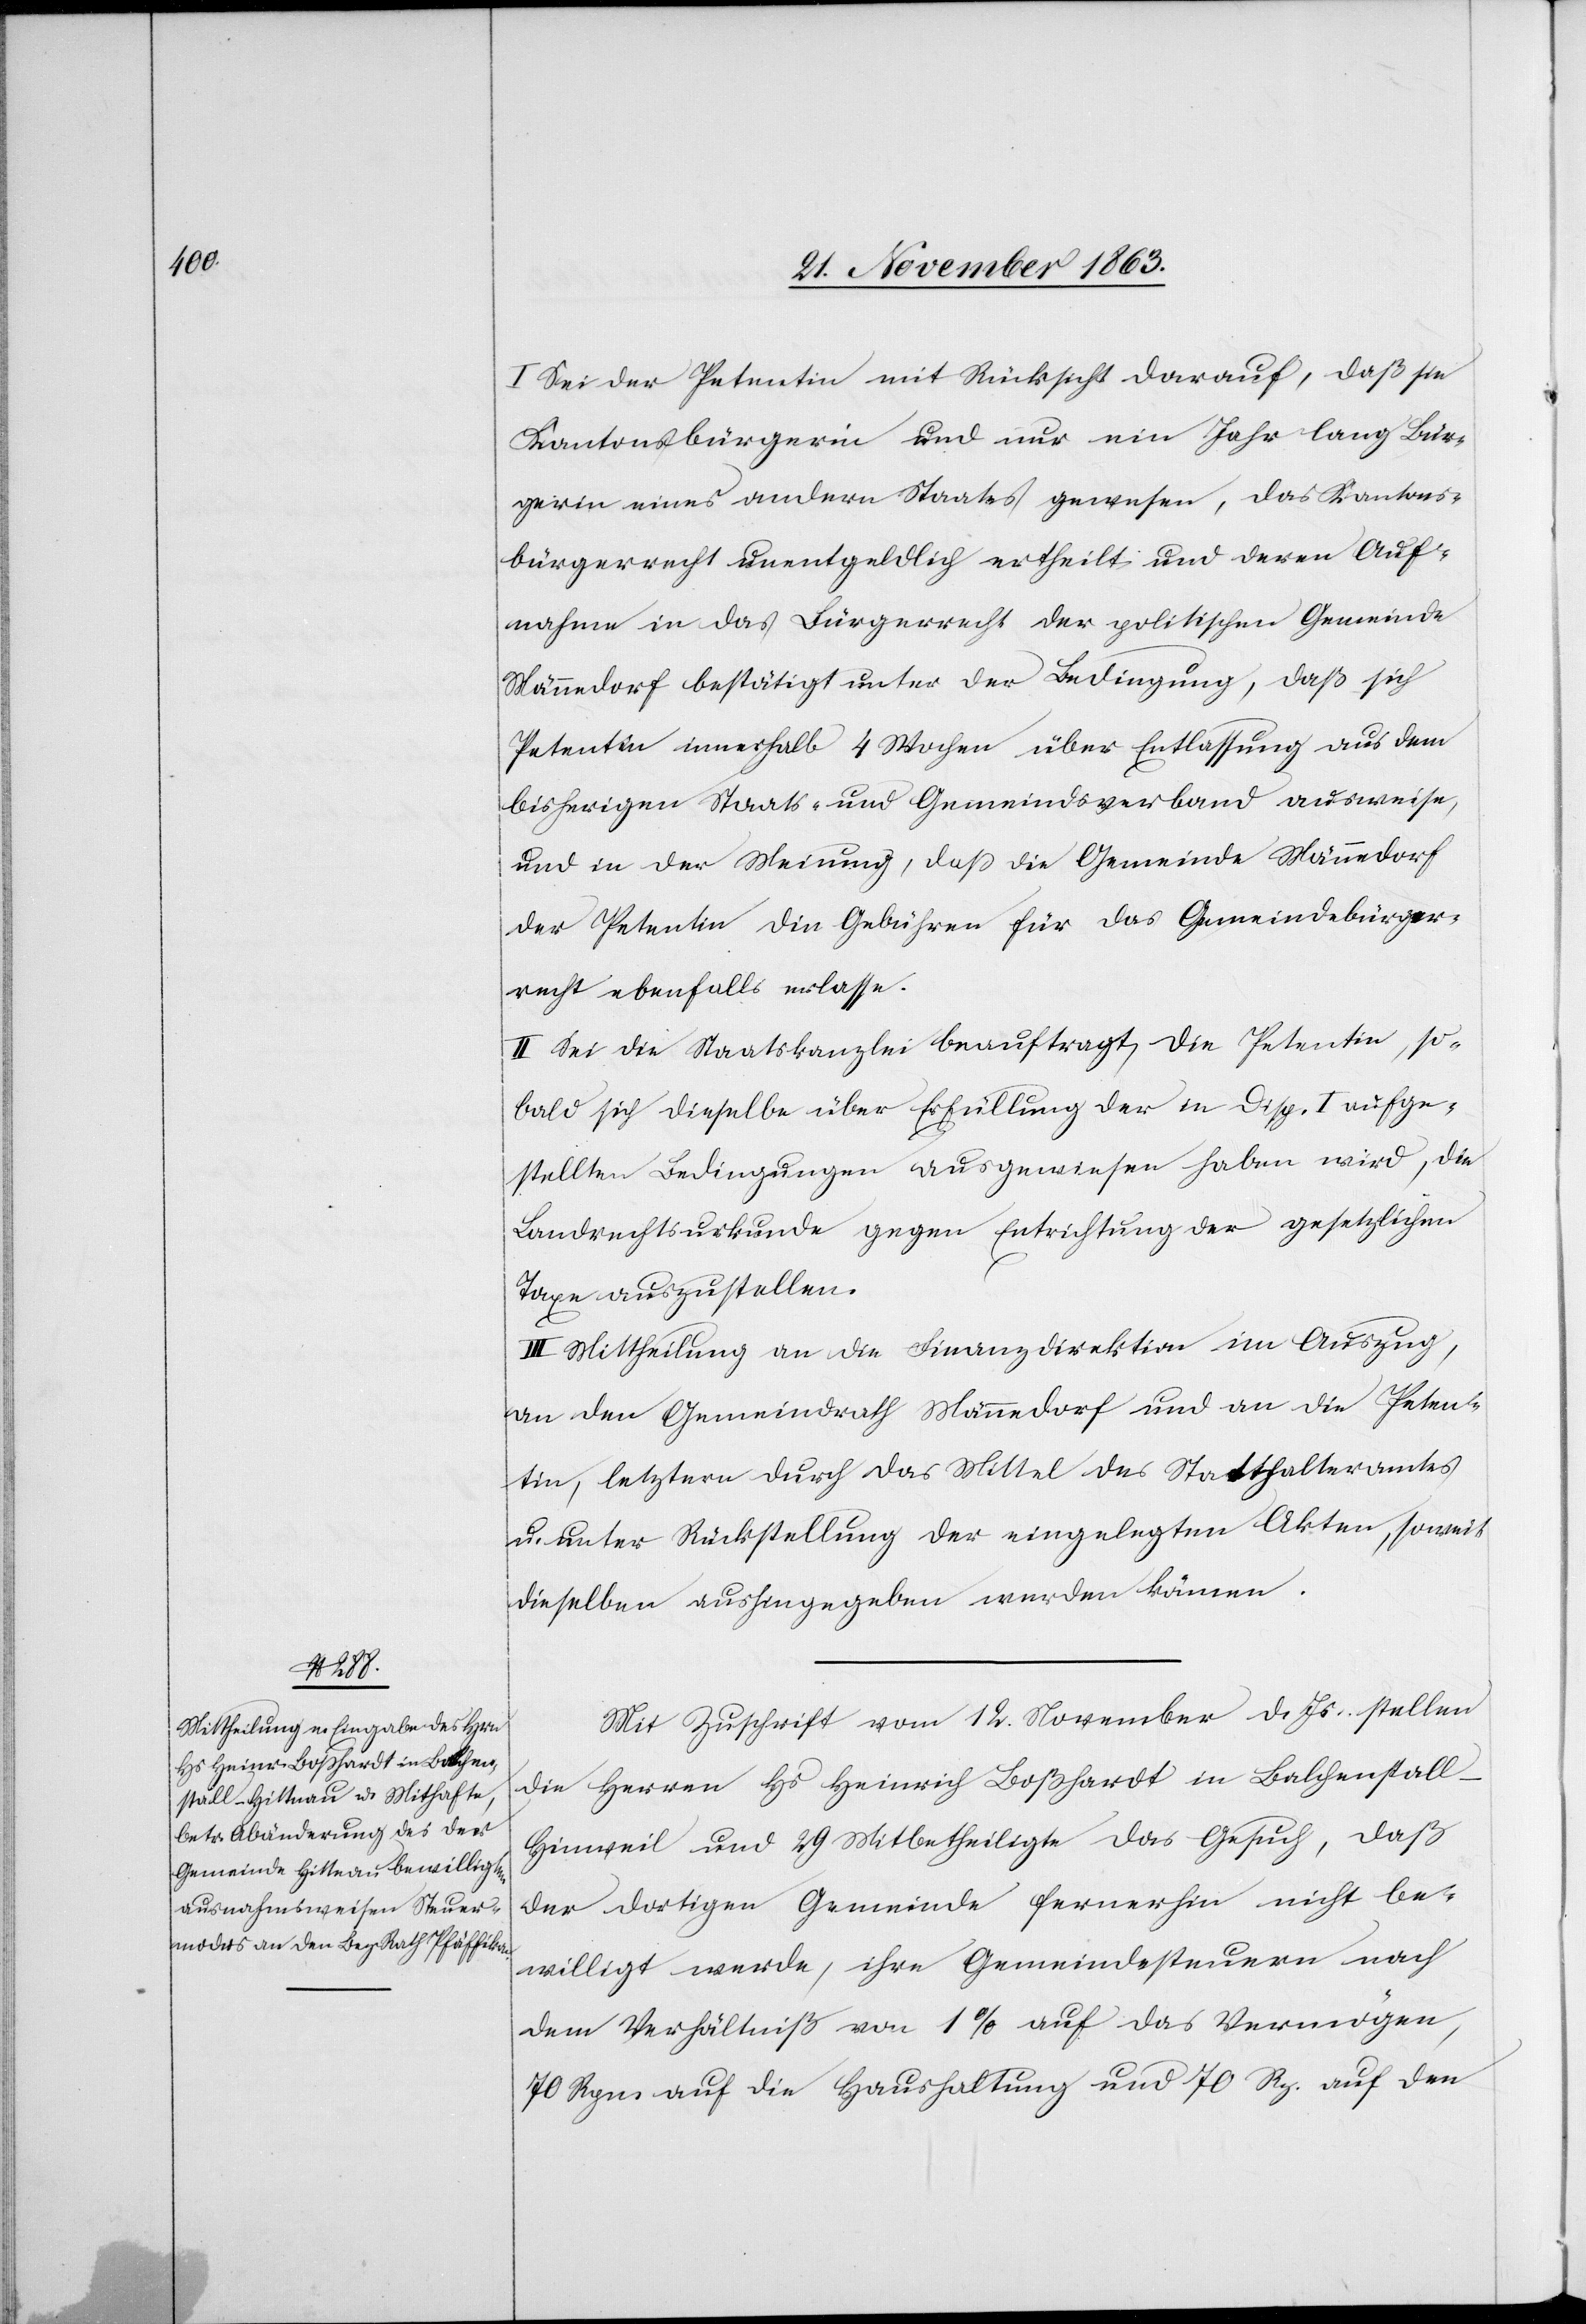
I. Sei der Petentin mit Rücksicht darauf, daß sie
Kantonsbürgerin und nur ein Jahr lang Bür¬
gerin eines andern Staates gewesen, das Kantons¬
bürgerrecht unentgeldlich ertheilt und deren Auf¬
nahme in das Bürgerrecht der politischen Gemeinde
Männedorf bestätigt unter der Bedingung, daß sich
Petentin innerhalb 4 Wochen über Entlassung aus dem
bisherigen Staats- und Gemeindsverband ausweise,
und in der Meinung, dass die Gemeinde Männedorf
der Petentin die Gebühren für das Gemeindebürger¬
recht ebenfalls erlasse.
II. Sei die Staatskanzlei beauftragt, die Petentin, so¬
bald sich dieselbe über Erfüllung der in Disp. I aufge¬
stellten Bedingungen ausgewiesen haben wird, die
Landrechtsurkunde gegen Entrichtung der gesetzlichen
Taxe auszustellen.
III. Mittheilung an die Finanzdirektion im Auszug,
an den Gemeindrath Männedorf und an die Peten¬
tin, letztern durch das Mittel des Statthalteramtes
u. unter Rückstellung der eingelegten Akten, soweit
dieselben aushingegeben werden können.
Mit Zuschrift vom 12. November d. Js. stellen
die Herren Hs Heinrich Boßhardt in Balchenstal¬
l-Hinweil [sic!] und 29 Mitbetheiligte das Gesuch, daß
der dortigen Gemeinde fernerhin nicht be¬
willigt werde, ihre Gemeindesteuern nach
dem Verhältniß von 1% [recte: ‰] auf das Vermögen,
70 Rpn. auf die Haushaltung und 70 Rp. auf den